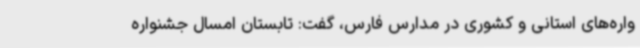
واره‌های استانی و کشوری در مدارس فارس، گفت: تابستان امسال جشنواره